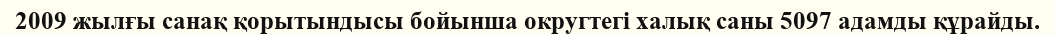
2009 жылғы санақ қорытындысы бойынша округтегі халық саны 5097 адамды құрайды.